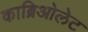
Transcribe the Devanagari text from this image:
काब्रिओलेट